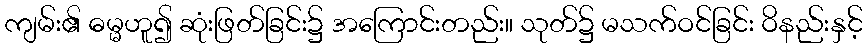
ကျမ်း၏ ဓမ္မဟူ၍ ဆုံးဖြတ်ခြင်း၌ အကြောင်းတည်း။ သုတ်၌ မသက်ဝင်ခြင်း ဝိနည်းနှင့်